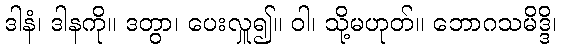
ဒါနံ၊ ဒါနကို။ ဒတွာ၊ ပေးလှူ၍။ ဝါ၊ သို့မဟုတ်။ ဘောဂသမိဒ္ဒိ၊